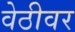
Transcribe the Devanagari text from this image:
वेठीवर